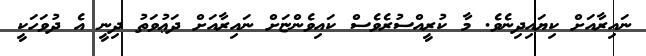
ނައިރާއަށް ކިޔައިދިނެވެ. މާ ކުރީއްސުރެވެސް ކައިވެންޏަށް ނައިރާއަށް ދަޢުވަތު ދިނީ އެ ދުވަހަކީ